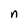
Character: n